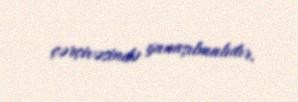
çərçivəsində yanaşılmalıdır.